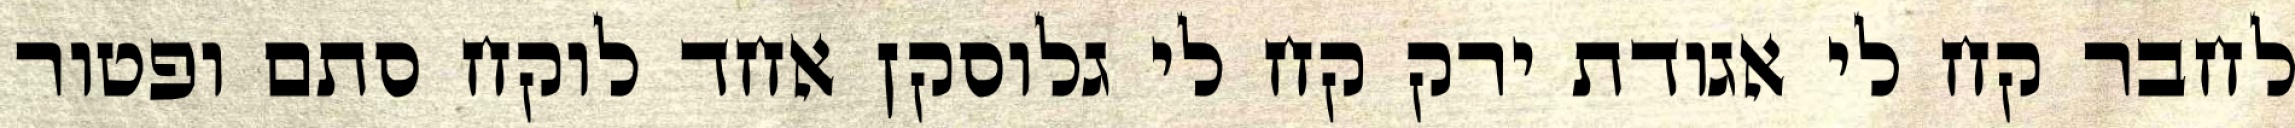
לחבר קח לי אגודת ירק קח לי גלוסקן אחד לוקח סתם ופטור